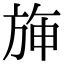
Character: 𣃵